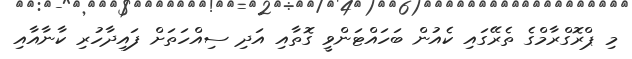
މި ޕްރޮގްރާމްގެ ތެރޭގައި ކެއުން ބަހައްޓަންވީ ގޮތާއި އަދި ސިއްހަތަށް ފައިދާހުރި ކާނާއާއި